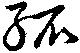
孤